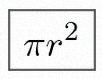
\pi r^2